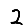
Digit: 2